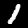
Label: 1